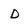
Character: D